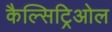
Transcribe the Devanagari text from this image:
कैल्सिट्रिओल